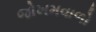
જોખમવાળો